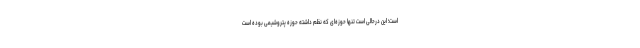
است؛ این درحالی است تنها حوزه‌ای که نظم داشته حوزه پتروشیمی بوده است